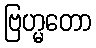
ဗြဟ္မတော